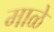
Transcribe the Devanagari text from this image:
माळे